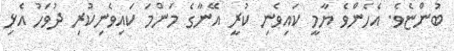
ބުންޏެވެ. އެހެންވެ ޔާމީ ކައިވެނި ކުރީ އޭނާގެ މަންމަ ކައިވެނިކުރި ދުވަހު އެޅި